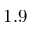
1 . 9